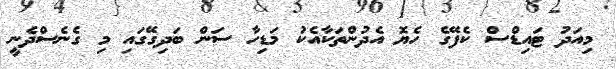
މިއަދު ޓައިޑްސް ކެފޭގެ ހެޔޮ އެދުންތަކާއެކު މަޑިހާ ސަން ބަދިގޭގައި މި ގެނެސްދެނީ